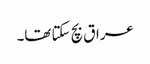
عراق بچ سکتا تھا۔